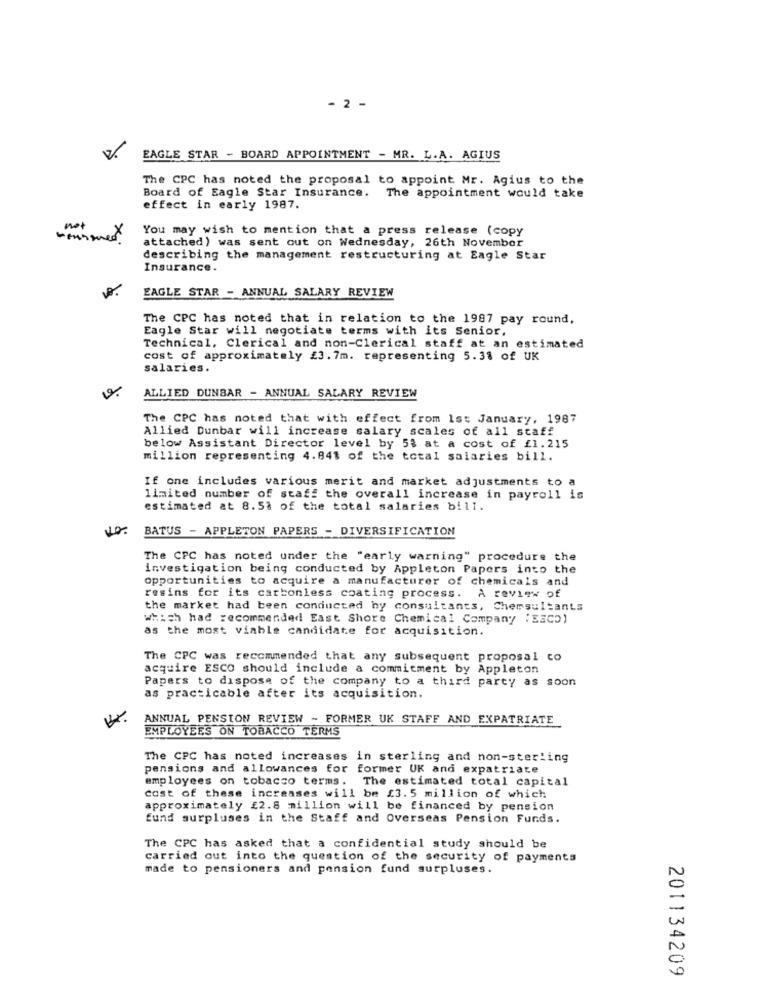
- 2 -
EAGLE STAR - BOARD APPOINTMENT - MR. L.A. AGIUS
The CPC has noted the proposal to appoint Mr. Agius to the
Board of Eagle Star Insurance. The appointment would take
effect in early 1987.
not
You may wish to mention that a press release (copy
wennoner !
attached) was sent out on Wednesday, 26th November
describing the management restructuring at Eagle Star
Insurance.
EAGLE STAR - ANNUAL SALARY REVIEW
The CPC has noted that in relation to the 1987 pay round.
Eagle Star will negotiate terms with its Senior,
Technical, Clerical and non-Clerical staff at an estimated
cost of approximately £3.7m. representing 5.31 of UK
salaries.
ALLIED DUNBAR - ANNUAL SALARY REVIEW
The CPC has noted that with effect from Ist January, 1987
Allied Dunbar will increase salary scales of all staff
below Assistant Director level by 53 at a cost of £1.215
million representing 4.841 of the total salaries bill.
If one includes various merit and market adjustments to a
limited number of staff the overall increase in payroll is
estimated at 8.58 of the total salaries bill.
BATUS - APPLETON PAPERS - DIVERSIFICATION
The CPC has noted under the "early warning" procedure the
investigation being conducted by Appleton Papers into the
opportunities to acquire a manufacturer of chemicals and
resins for its carbonless coating process. A review of
the market had been conducted by consultants, Chemsultants
which had recommended East Shore Chemical Company : E3C5)
as the most viable candidate for acquisition.
The CPC was recommended that any subsequent proposal co
acquire ESCO should include a commitment by Appleton
Papers to dispose of the company to a third party as soon
as practicable after its acquisition.
ANNUAL PENSION REVIEW - FORMER UK STAFF AND EXPATRIATE
EMPLOYEES ON TOBACCO TERMS
The CPC has noted increases in sterling and non-sterling
pensions and allowances for former UK and expatriate
employees on tobacco terms. The estimated total capital
cast of these increases will be [3.5 million of which
approximately £2.8 million will be financed by pension
fund surpluses in the Staff and Overseas Pension Funds.
The CPC has asked that a confidential study should be
carried out into the question of the security of payments
made to pensioners and pension fund surpluses.
201134209